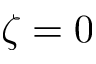
\zeta = 0